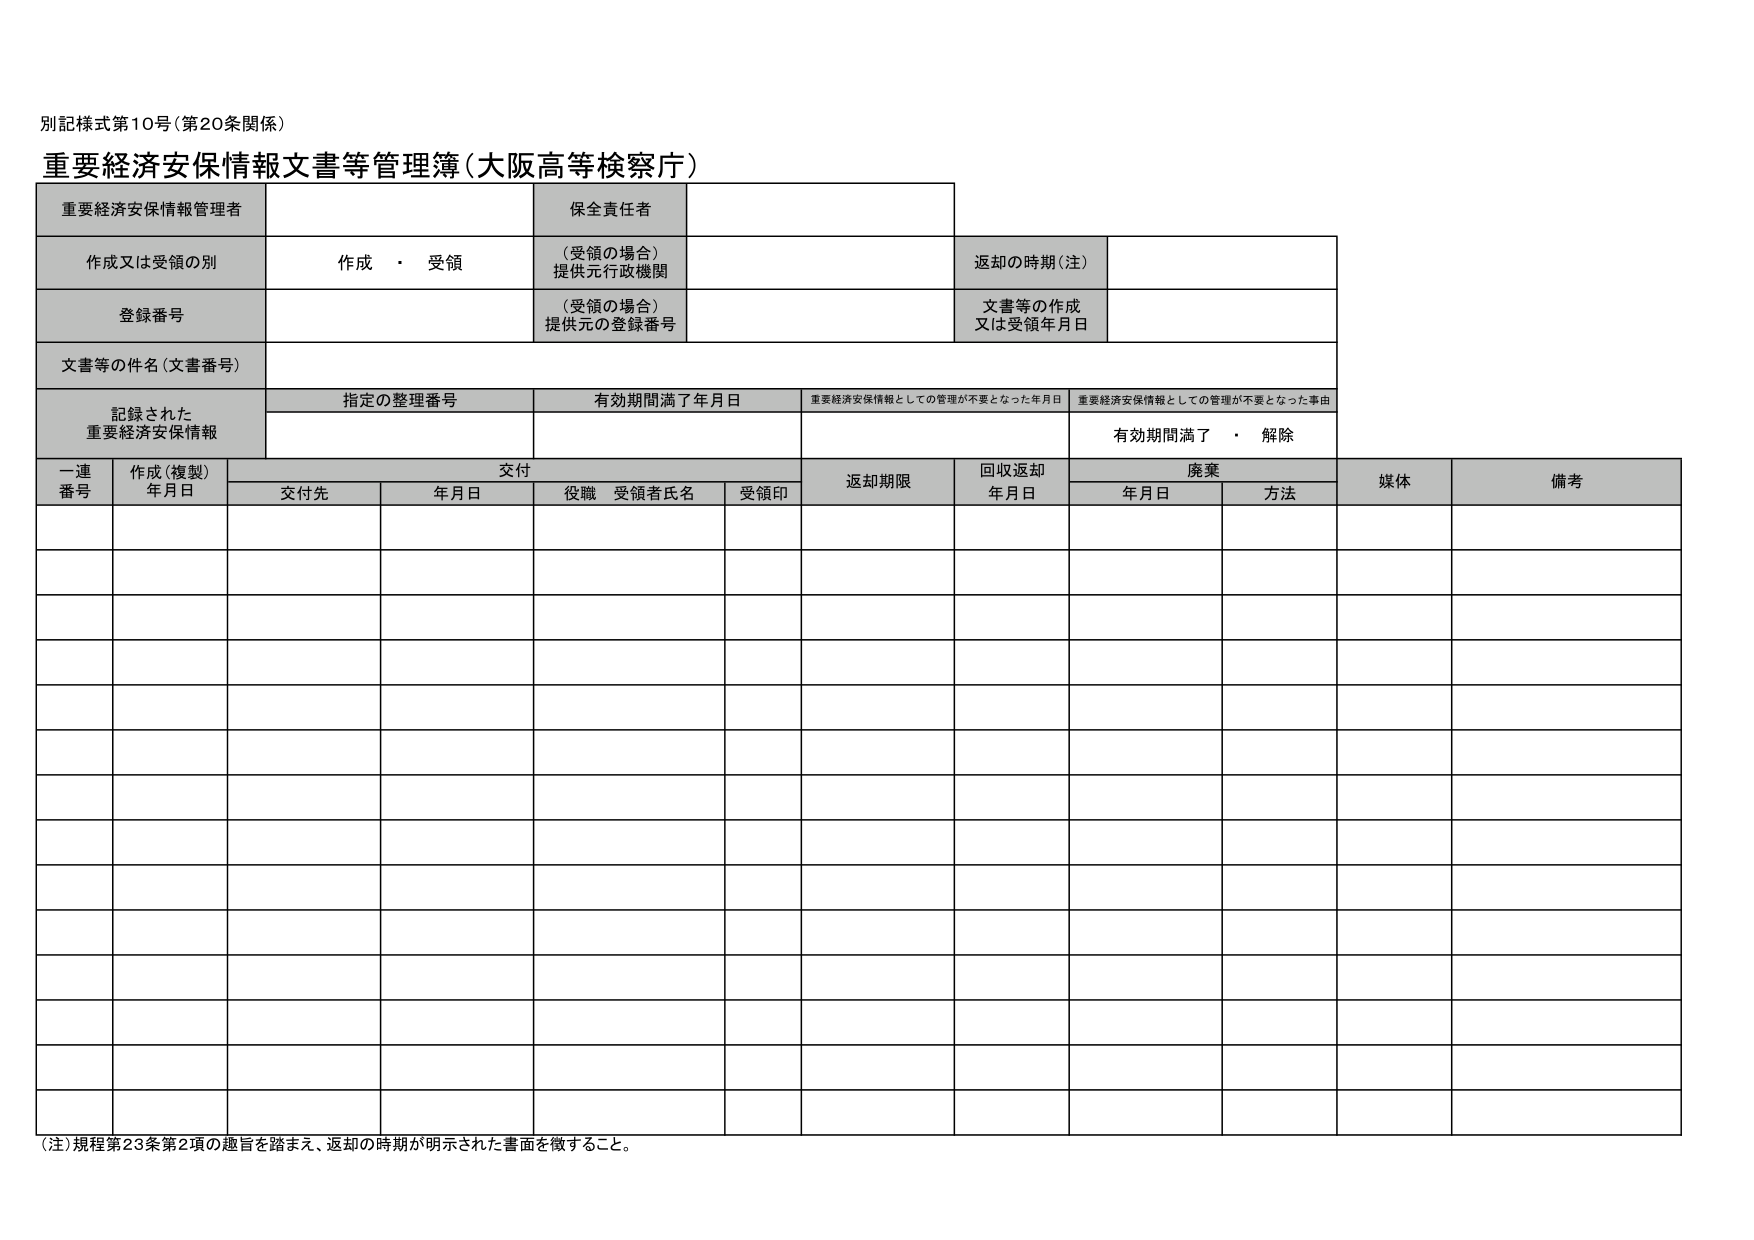
別記様式第10号（第20条関係）

重要経済安保情報文書等管理簿（大阪高等検察庁）

重要経済安保情報管理者
保全責任者

作成又は受領の別
作成・受領
（受領の場合）
提供元行政機関
返却の時期（注）

登録番号
（受領の場合）
提供元の登録番号
文書等の作成
又は受領年月日

文書等の件名（文書番号）

記録された
重要経済安保情報
指定の整理番号
有効期間満了年月日
重要経済安保情報としての管理が不要となった年月日
重要経済安保情報としての管理が不要となった事由
有効期間満了・解除

一連
番号
作成（複製）
年月日
交付
返却期限
回収返却
年月日
廃棄
媒体
備考
交付先
年月日
役職 受領者氏名
受領印
年月日
方法

（注）規程第23条第2項の趣旨を踏まえ、返却の時期が明示された書面を徴すること。